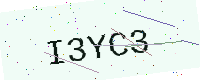
Text: I3YC3